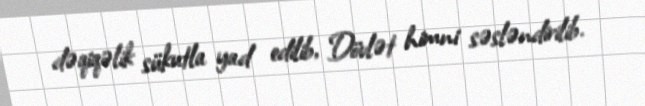
dəqiqəlik sükutla yad edilib, Dövlət himni səsləndirilib.